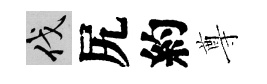
伐尻約尊